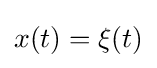
x(t)=\xi (t)